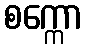
စက္ကော